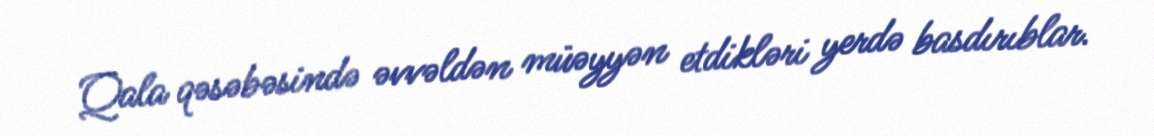
Qala qəsəbəsində əvvəldən müəyyən etdikləri yerdə basdırıblar.